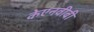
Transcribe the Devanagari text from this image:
केएनवीबी